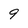
Character: 9